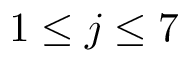
1 \le j \le 7